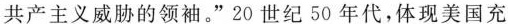
共产主义威胁的领袖。”20世纪50年代，体现美国充